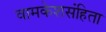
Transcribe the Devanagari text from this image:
वामकेशसंहिता